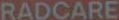
RADCARE